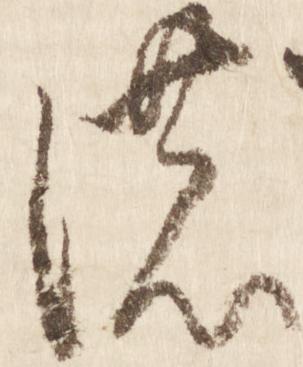
の